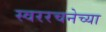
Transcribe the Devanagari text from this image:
स्वररचनेच्या